Malaria in India - Number 2
Disease focus: Malaria
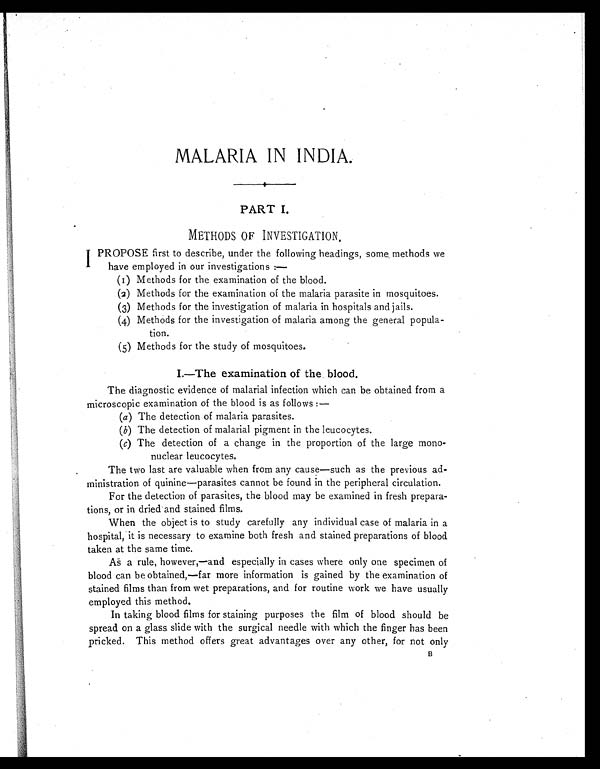
MALARIA IN INDIA.
PART I.
METHODS OF INVESTIGATION.
I PROPOSE first to describe, under the following headings, some methods we
have employed in our investigations
:—
(1) Methods for the examination of the blood.
(2) Methods for the examination of the malaria parasite in mosquitoes.
(3) Methods for the investigation of malaria in hospitals and jails.
(4) Methods for the investigation of malaria among the general popula-
tion.
(5) Methods for the study of mosquitoes.
I.—The examination of the blood.
The diagnostic evidence of malarial infection which can be obtained from a
microscopic examination of the blood is as follows :
—
(a)
The detection of malaria parasites.
(b)
The detection of malarial pigment in the leucocytes.
(c)
The detection of a change in the proportion of the large mono-
nuclear leucocytes.
The two last are valuable when from any cause—such as the previous ad-
ministration of quinine—parasites cannot be found in the peripheral circulation.
For the detection of parasites, the blood may be examined in fresh prepara-
tions, or in dried and stained films.
When the object is to study carefully any individual case of malaria in a
hospital, it is necessary to examine both fresh and stained preparations of blood
taken at the same time.
As a rule, however,—and especially in cases where only one specimen of
blood can be obtained,—far more information is gained by the examination of
stained films than from wet preparations, and for routine work we have usually
employed this method.
In taking blood films for staining purposes the film of blood should be
spread on a glass slide with the surgical needle with which the finger has been
pricked. This method offers great advantages over any other, for not only
B